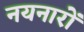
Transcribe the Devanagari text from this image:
नयनारों